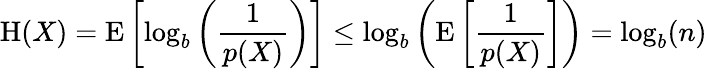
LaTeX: \mathrm{H}(X)=\operatorname{E}\left[\log_{b}\left({\frac{1}{p(X)}}\right)\right]\leq\log_{b}\left(\operatorname{E}\left[{\frac{1}{p(X)}}\right]\right)=\log_{b}(n)